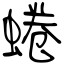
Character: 蜷